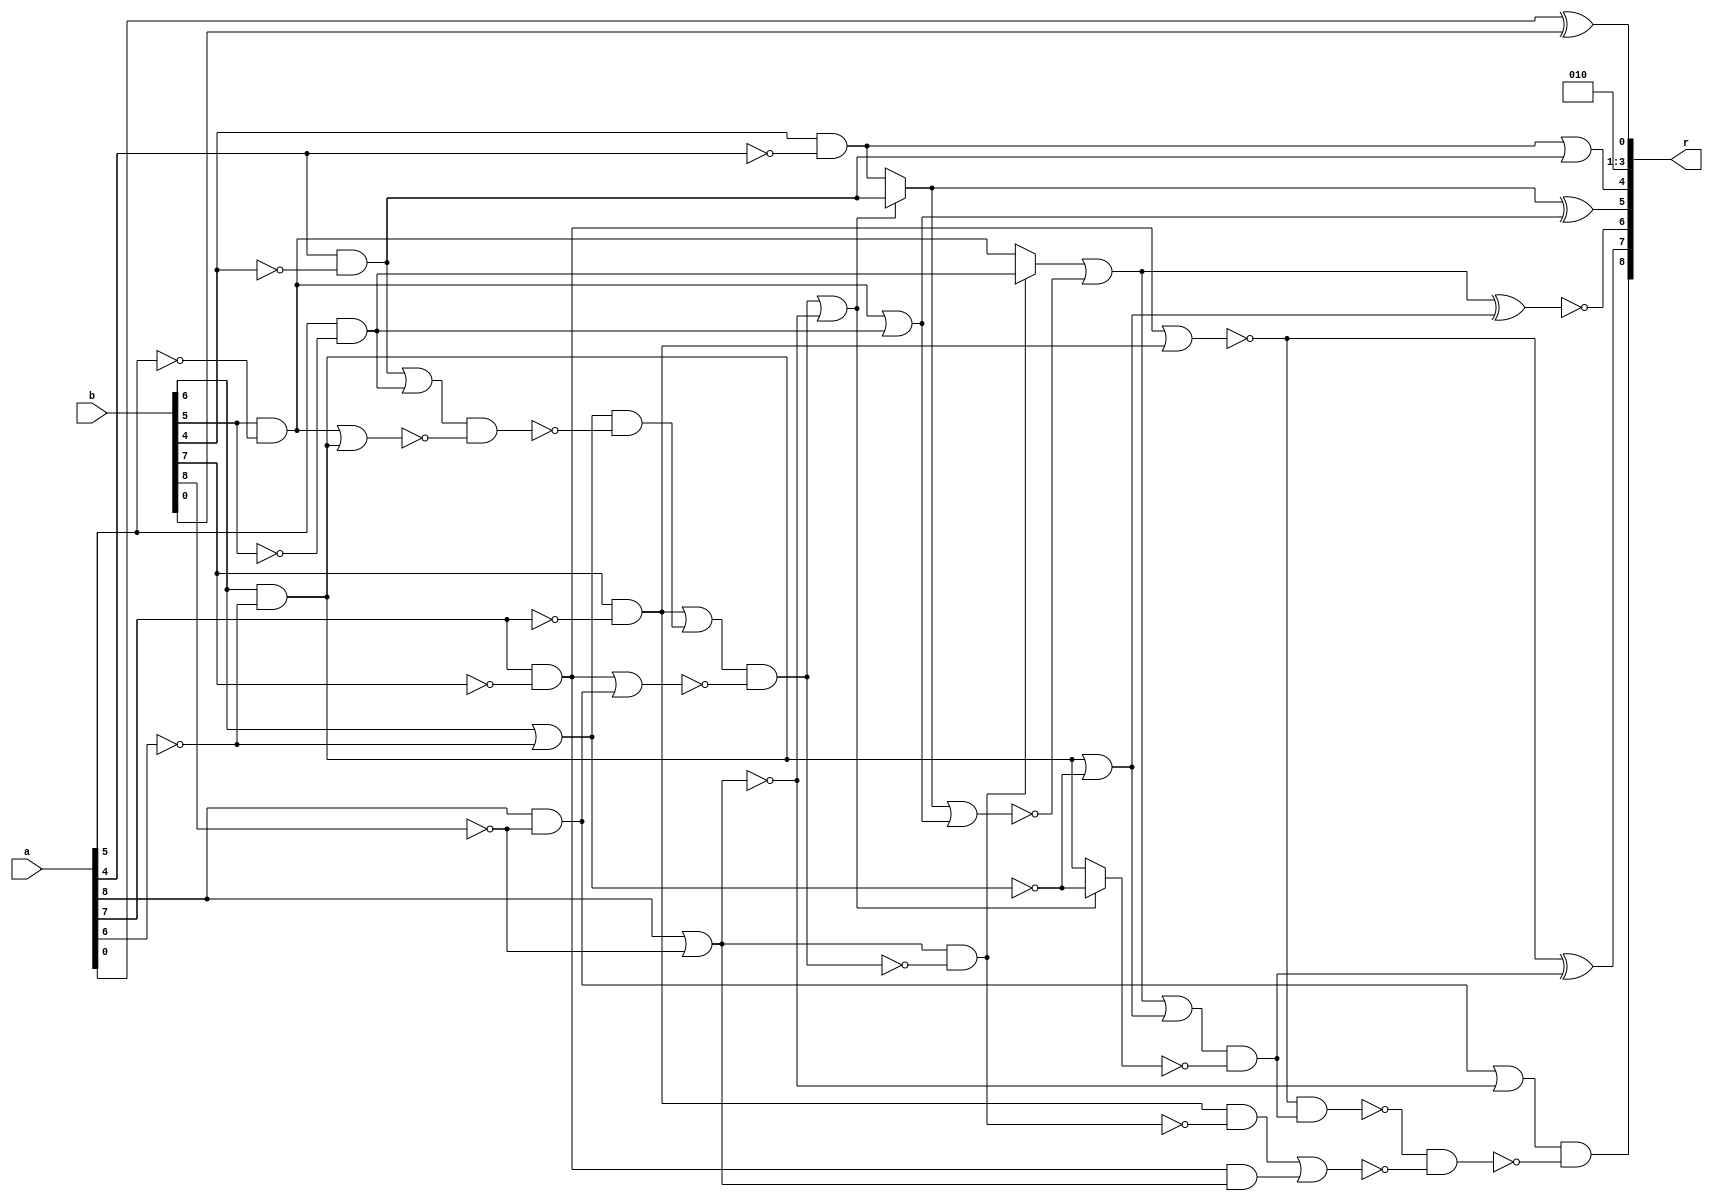
/* Generated by Yosys 0.9+4052 (git sha1 a5adb007, gcc 9.3.0-17ubuntu1~20.04 -fPIC -Os) */

module circ(a, b, r);
  wire _00_;
  wire _01_;
  wire _02_;
  wire _03_;
  wire _04_;
  wire _05_;
  wire _06_;
  wire _07_;
  wire _08_;
  wire _09_;
  wire _10_;
  wire _11_;
  wire _12_;
  wire _13_;
  wire _14_;
  wire _15_;
  wire _16_;
  wire _17_;
  wire _18_;
  wire _19_;
  wire _20_;
  wire _21_;
  wire _22_;
  wire _23_;
  wire _24_;
  wire _25_;
  wire _26_;
  wire _27_;
  wire _28_;
  wire _29_;
  wire _30_;
  wire _31_;
  wire _32_;
  wire _33_;
  wire _34_;
  wire _35_;
  wire \U0.U0.new_n18 ;
  wire \U0.U0.new_n24 ;
  wire \U0.U2.new_n35 ;
  wire \U0.po0 ;
  wire \U0.po4 ;
  wire \U0.po6 ;
  input [8:0] a;
  input [8:0] b;
  output [8:0] r;
  assign _00_ = b[6] | ~(a[6]);
  assign _01_ = b[6] & ~(a[6]);
  assign _02_ = _01_ | ~(_00_);
  assign _03_ = a[5] & ~(b[5]);
  assign _04_ = b[5] & ~(a[5]);
  assign _05_ = _04_ | _03_;
  assign _06_ = a[4] & ~(b[4]);
  assign _07_ = b[4] & ~(a[4]);
  assign _08_ = a[8] | ~(b[8]);
  assign _09_ = _06_ | _03_;
  assign _10_ = _04_ | _01_;
  assign _11_ = _09_ & ~(_10_);
  assign _12_ = _00_ & ~(_11_);
  assign _13_ = b[7] & ~(a[7]);
  assign _14_ = _13_ | _12_;
  assign _15_ = a[8] & ~(b[8]);
  assign _16_ = a[7] & ~(b[7]);
  assign _17_ = _16_ | _15_;
  assign _18_ = _14_ & ~(_17_);
  assign _19_ = _18_ | ~(_08_);
  assign _20_ = _19_ ? _06_ : _07_;
  assign _21_ = ~(_20_ | _05_);
  assign _22_ = _08_ & ~(_18_);
  assign _23_ = _22_ ? _03_ : _04_;
  assign _24_ = _23_ | _21_;
  assign \U0.po6  = ~(_24_ ^ _02_);
  assign \U0.po4  = _07_ | _06_;
  assign \U0.po0  = a[0] ^ b[0];
  assign \U0.U2.new_n35  = _20_ ^ _05_;
  assign _25_ = _24_ | _02_;
  assign _26_ = ~_00_;
  assign _27_ = _19_ ? _26_ : _01_;
  assign _28_ = _25_ & ~(_27_);
  assign _29_ = ~(_16_ | _13_);
  assign \U0.U0.new_n18  = _29_ ^ _28_;
  assign _30_ = _15_ | ~(_08_);
  assign _31_ = ~(_29_ & _28_);
  assign _32_ = _16_ & _08_;
  assign _33_ = _13_ & ~(_22_);
  assign _34_ = _33_ | _32_;
  assign _35_ = _31_ & ~(_34_);
  assign \U0.U0.new_n24  = _30_ & ~(_35_);
  assign r = { \U0.U0.new_n24 , \U0.U0.new_n18 , \U0.po6 , \U0.U2.new_n35 , \U0.po4 , 3'h2, \U0.po0  };
endmodule